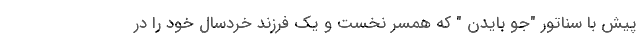
پیش با سناتور "جو بایدن " که همسر نخست و یک فرزند خردسال خود را در